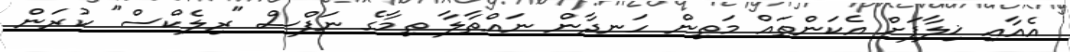
އެއާއި ޚިލާފަށް އެކަންތައް މަތިން ހަނދާން ނައްތާލާ ތިމާގެ ނަފްސް "ރިލެކްސް" ކުރަން